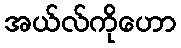
အယ်လ်ကိုဟော